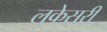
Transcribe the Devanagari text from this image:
लुकेसरी